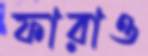
ফারাও